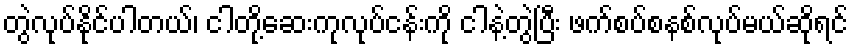
တွဲလုပ်နိုင်ပါတယ်၊ ငါတို့ဆေးကုလုပ်ငန်းကို ငါနဲ့တွဲပြီး ဖက်စပ်စနစ်လုပ်မယ်ဆိုရင်